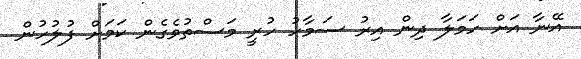
އޭނާ އަށް ހަމަލާ ދިން އިރު ސަމާހު ހުރީ މަސްތުވެގެން ކަމަށް ފުލުހުން